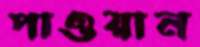
পাওয়ান